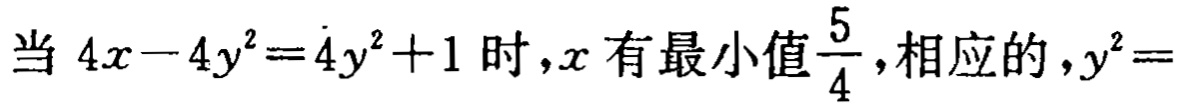
当 \(4x - 4y^{2} = 4y^{2}+1\) 时，\(x\) 有最小值\(\frac{5}{4}\)，相应的，\(y^{2}=\)